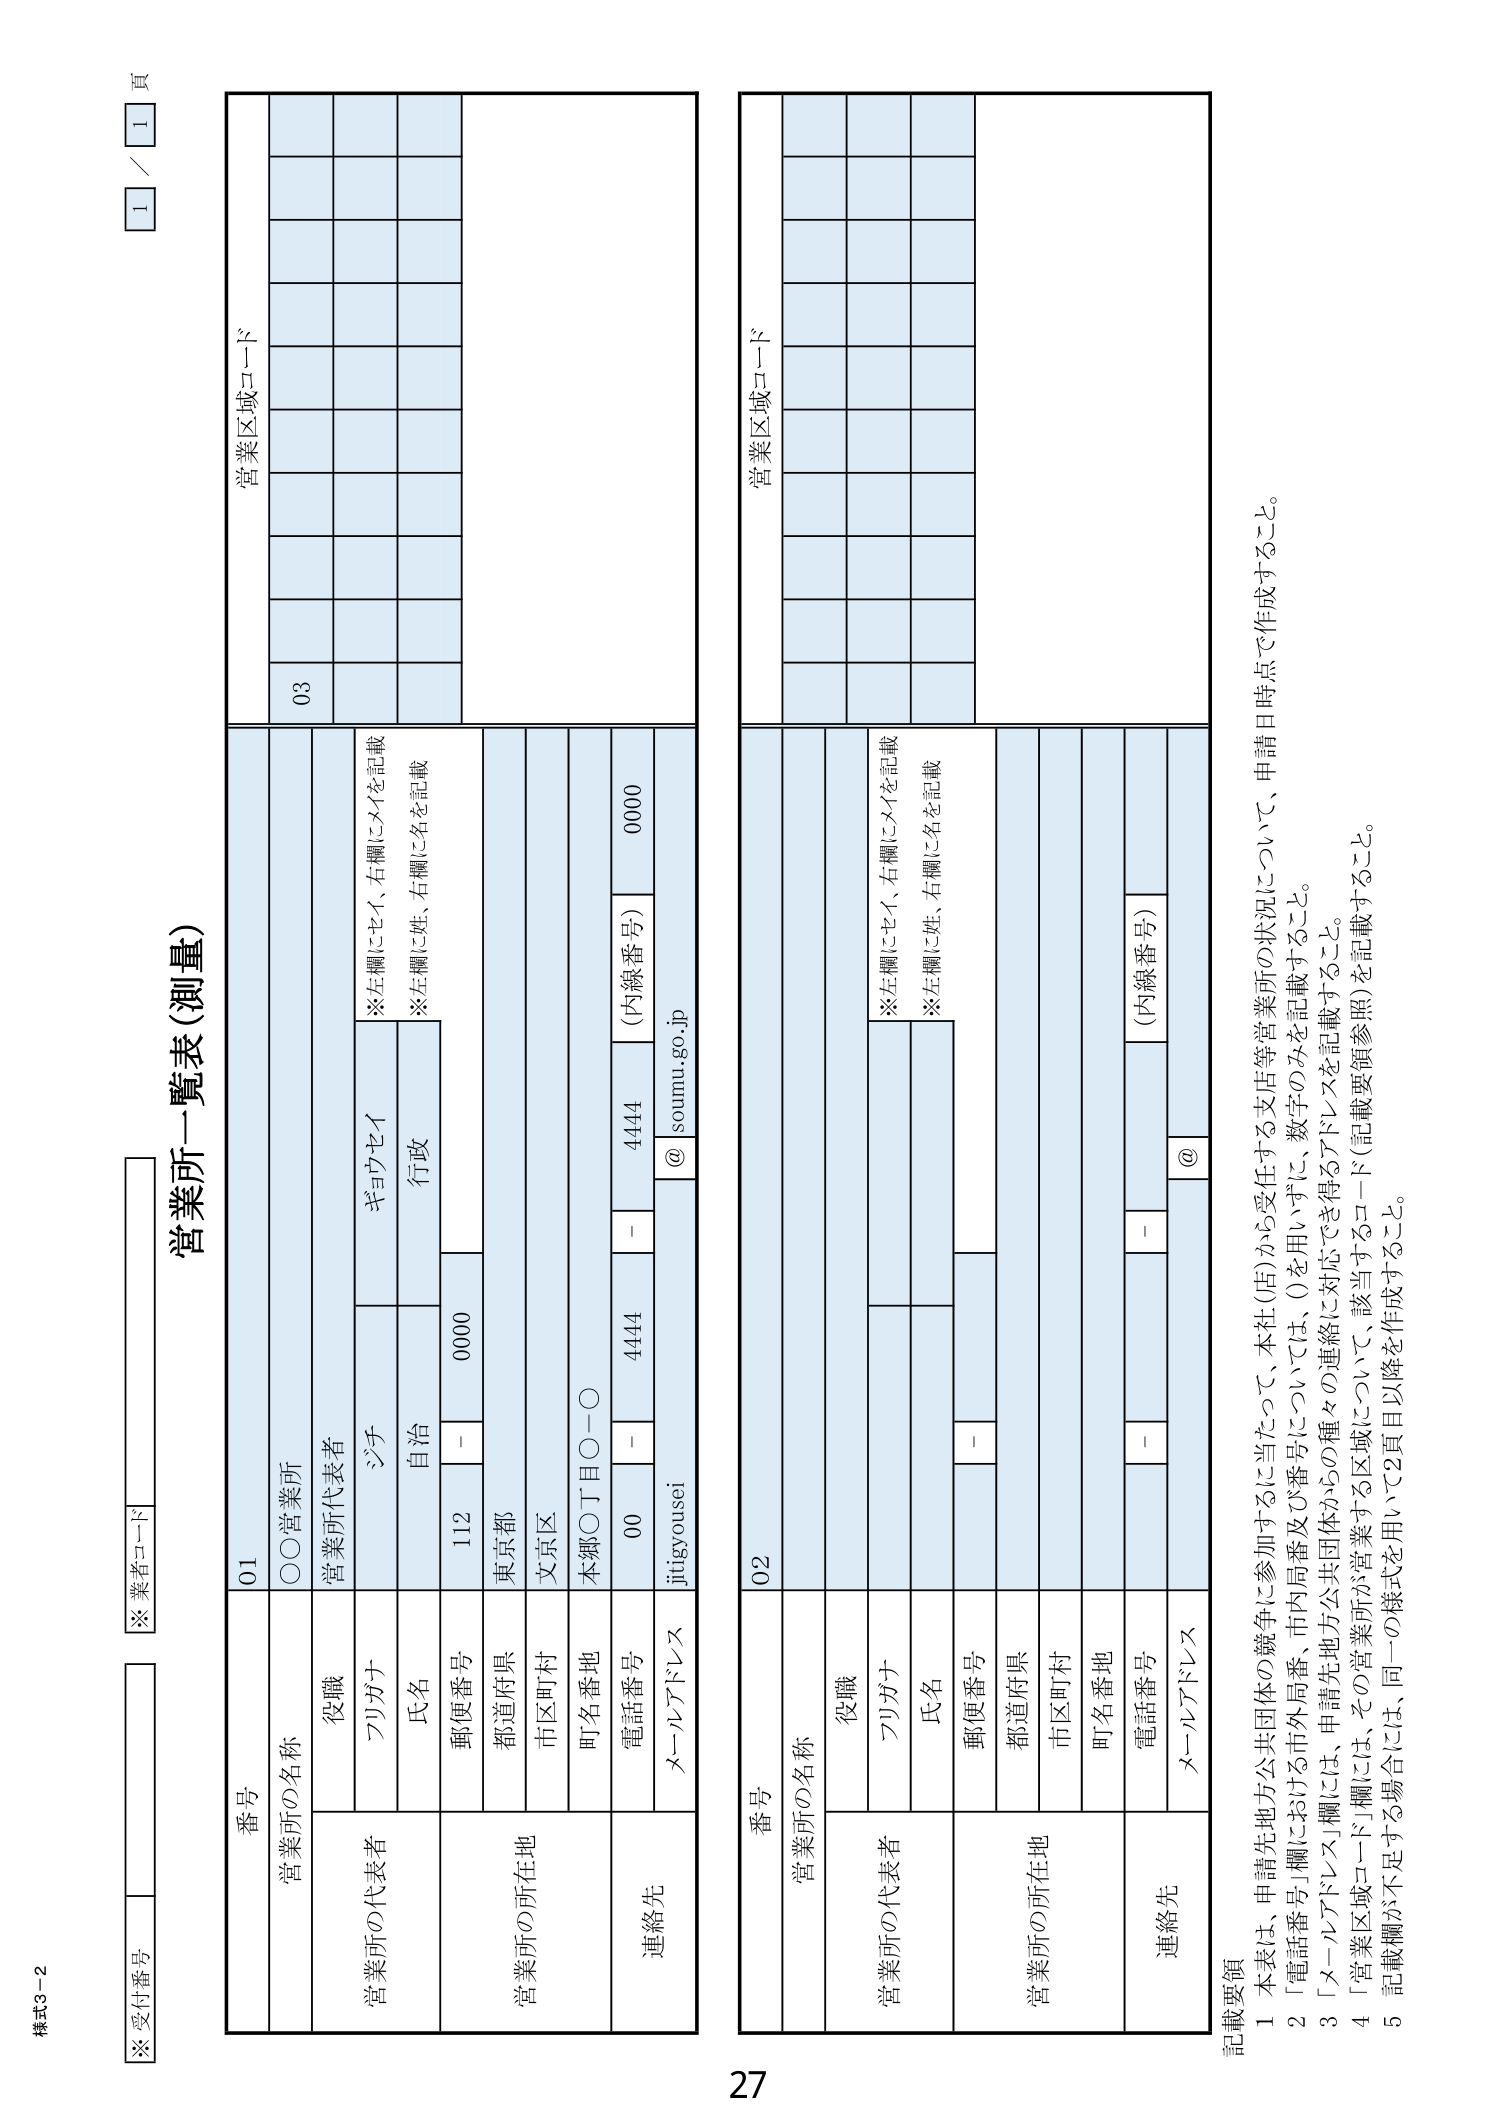
様式3-2
※受付番号
※業者コード
1 / 1 頁

営業所一覧表（測量）

番号
01
営業所の名称
〇〇営業所
営業所の代表者
役職
フリガナ
ジチ
氏名
自治
※左欄にセイ、右欄にメイを記載
※左欄に姓、右欄に名を記載
郵便番号
112 - 0000
都道府県
東京都
市区町村
文京区
町名番地
本郷〇丁目〇－〇
電話番号
00 - 4444
（内線番号）
0000
メールアドレス
jitigyousei @ soumu.go.jp
連絡先
営業所の所在地
営業区域コード
03

番号
02
営業所の名称
営業所の代表者
役職
フリガナ
氏名
※左欄にセイ、右欄にメイを記載
※左欄に姓、右欄に名を記載
郵便番号
-
都道府県
市区町村
町名番地
電話番号
-
（内線番号）
メールアドレス
@
連絡先
営業所の所在地
営業区域コード

記載要領
1 本表は、申請先地方公共団体の競争に参加するに当たって、本社（店）から受任する支店等営業所の状況について、申請日時点で作成すること。
2 「電話番号」欄における市外局番、市内局番及び番号については、○を用いずに、数字のみを記載すること。
3 「メールアドレス」欄には、申請先地方公共団体からの種々の連絡に対応できる得るアドレスを記載すること。
4 「営業区域コード」欄には、その営業所が営業する区域について、該当するコード（記載要領参照）を記載すること。
5 記載欄が不足する場合には、同一の様式を用いて2頁目以降を作成すること。

27